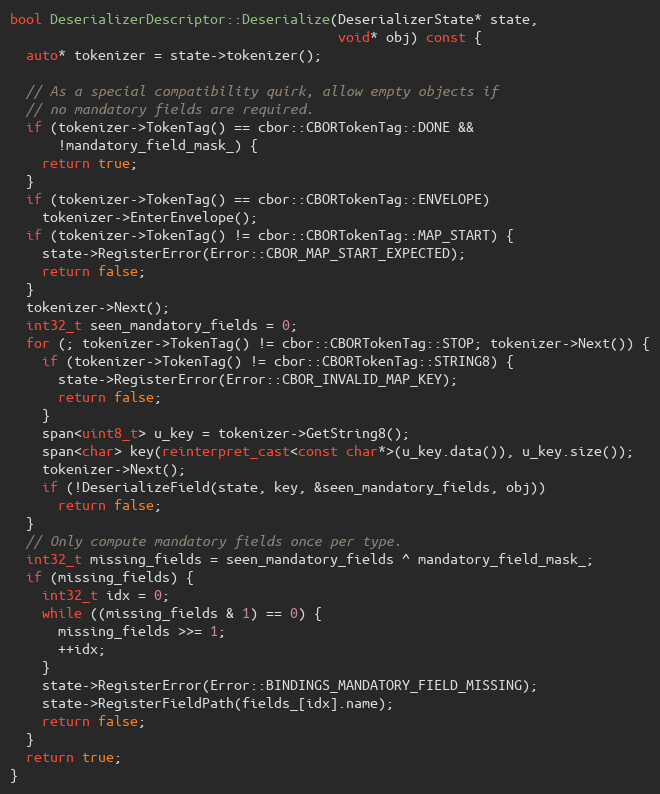
Language: C++
bool DeserializerDescriptor::Deserialize(DeserializerState* state,
                                         void* obj) const {
  auto* tokenizer = state->tokenizer();

  // As a special compatibility quirk, allow empty objects if
  // no mandatory fields are required.
  if (tokenizer->TokenTag() == cbor::CBORTokenTag::DONE &&
      !mandatory_field_mask_) {
    return true;
  }
  if (tokenizer->TokenTag() == cbor::CBORTokenTag::ENVELOPE)
    tokenizer->EnterEnvelope();
  if (tokenizer->TokenTag() != cbor::CBORTokenTag::MAP_START) {
    state->RegisterError(Error::CBOR_MAP_START_EXPECTED);
    return false;
  }
  tokenizer->Next();
  int32_t seen_mandatory_fields = 0;
  for (; tokenizer->TokenTag() != cbor::CBORTokenTag::STOP; tokenizer->Next()) {
    if (tokenizer->TokenTag() != cbor::CBORTokenTag::STRING8) {
      state->RegisterError(Error::CBOR_INVALID_MAP_KEY);
      return false;
    }
    span<uint8_t> u_key = tokenizer->GetString8();
    span<char> key(reinterpret_cast<const char*>(u_key.data()), u_key.size());
    tokenizer->Next();
    if (!DeserializeField(state, key, &seen_mandatory_fields, obj))
      return false;
  }
  // Only compute mandatory fields once per type.
  int32_t missing_fields = seen_mandatory_fields ^ mandatory_field_mask_;
  if (missing_fields) {
    int32_t idx = 0;
    while ((missing_fields & 1) == 0) {
      missing_fields >>= 1;
      ++idx;
    }
    state->RegisterError(Error::BINDINGS_MANDATORY_FIELD_MISSING);
    state->RegisterFieldPath(fields_[idx].name);
    return false;
  }
  return true;
}